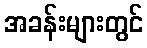
အခန်းများတွင်